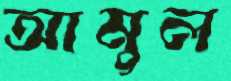
আমুল